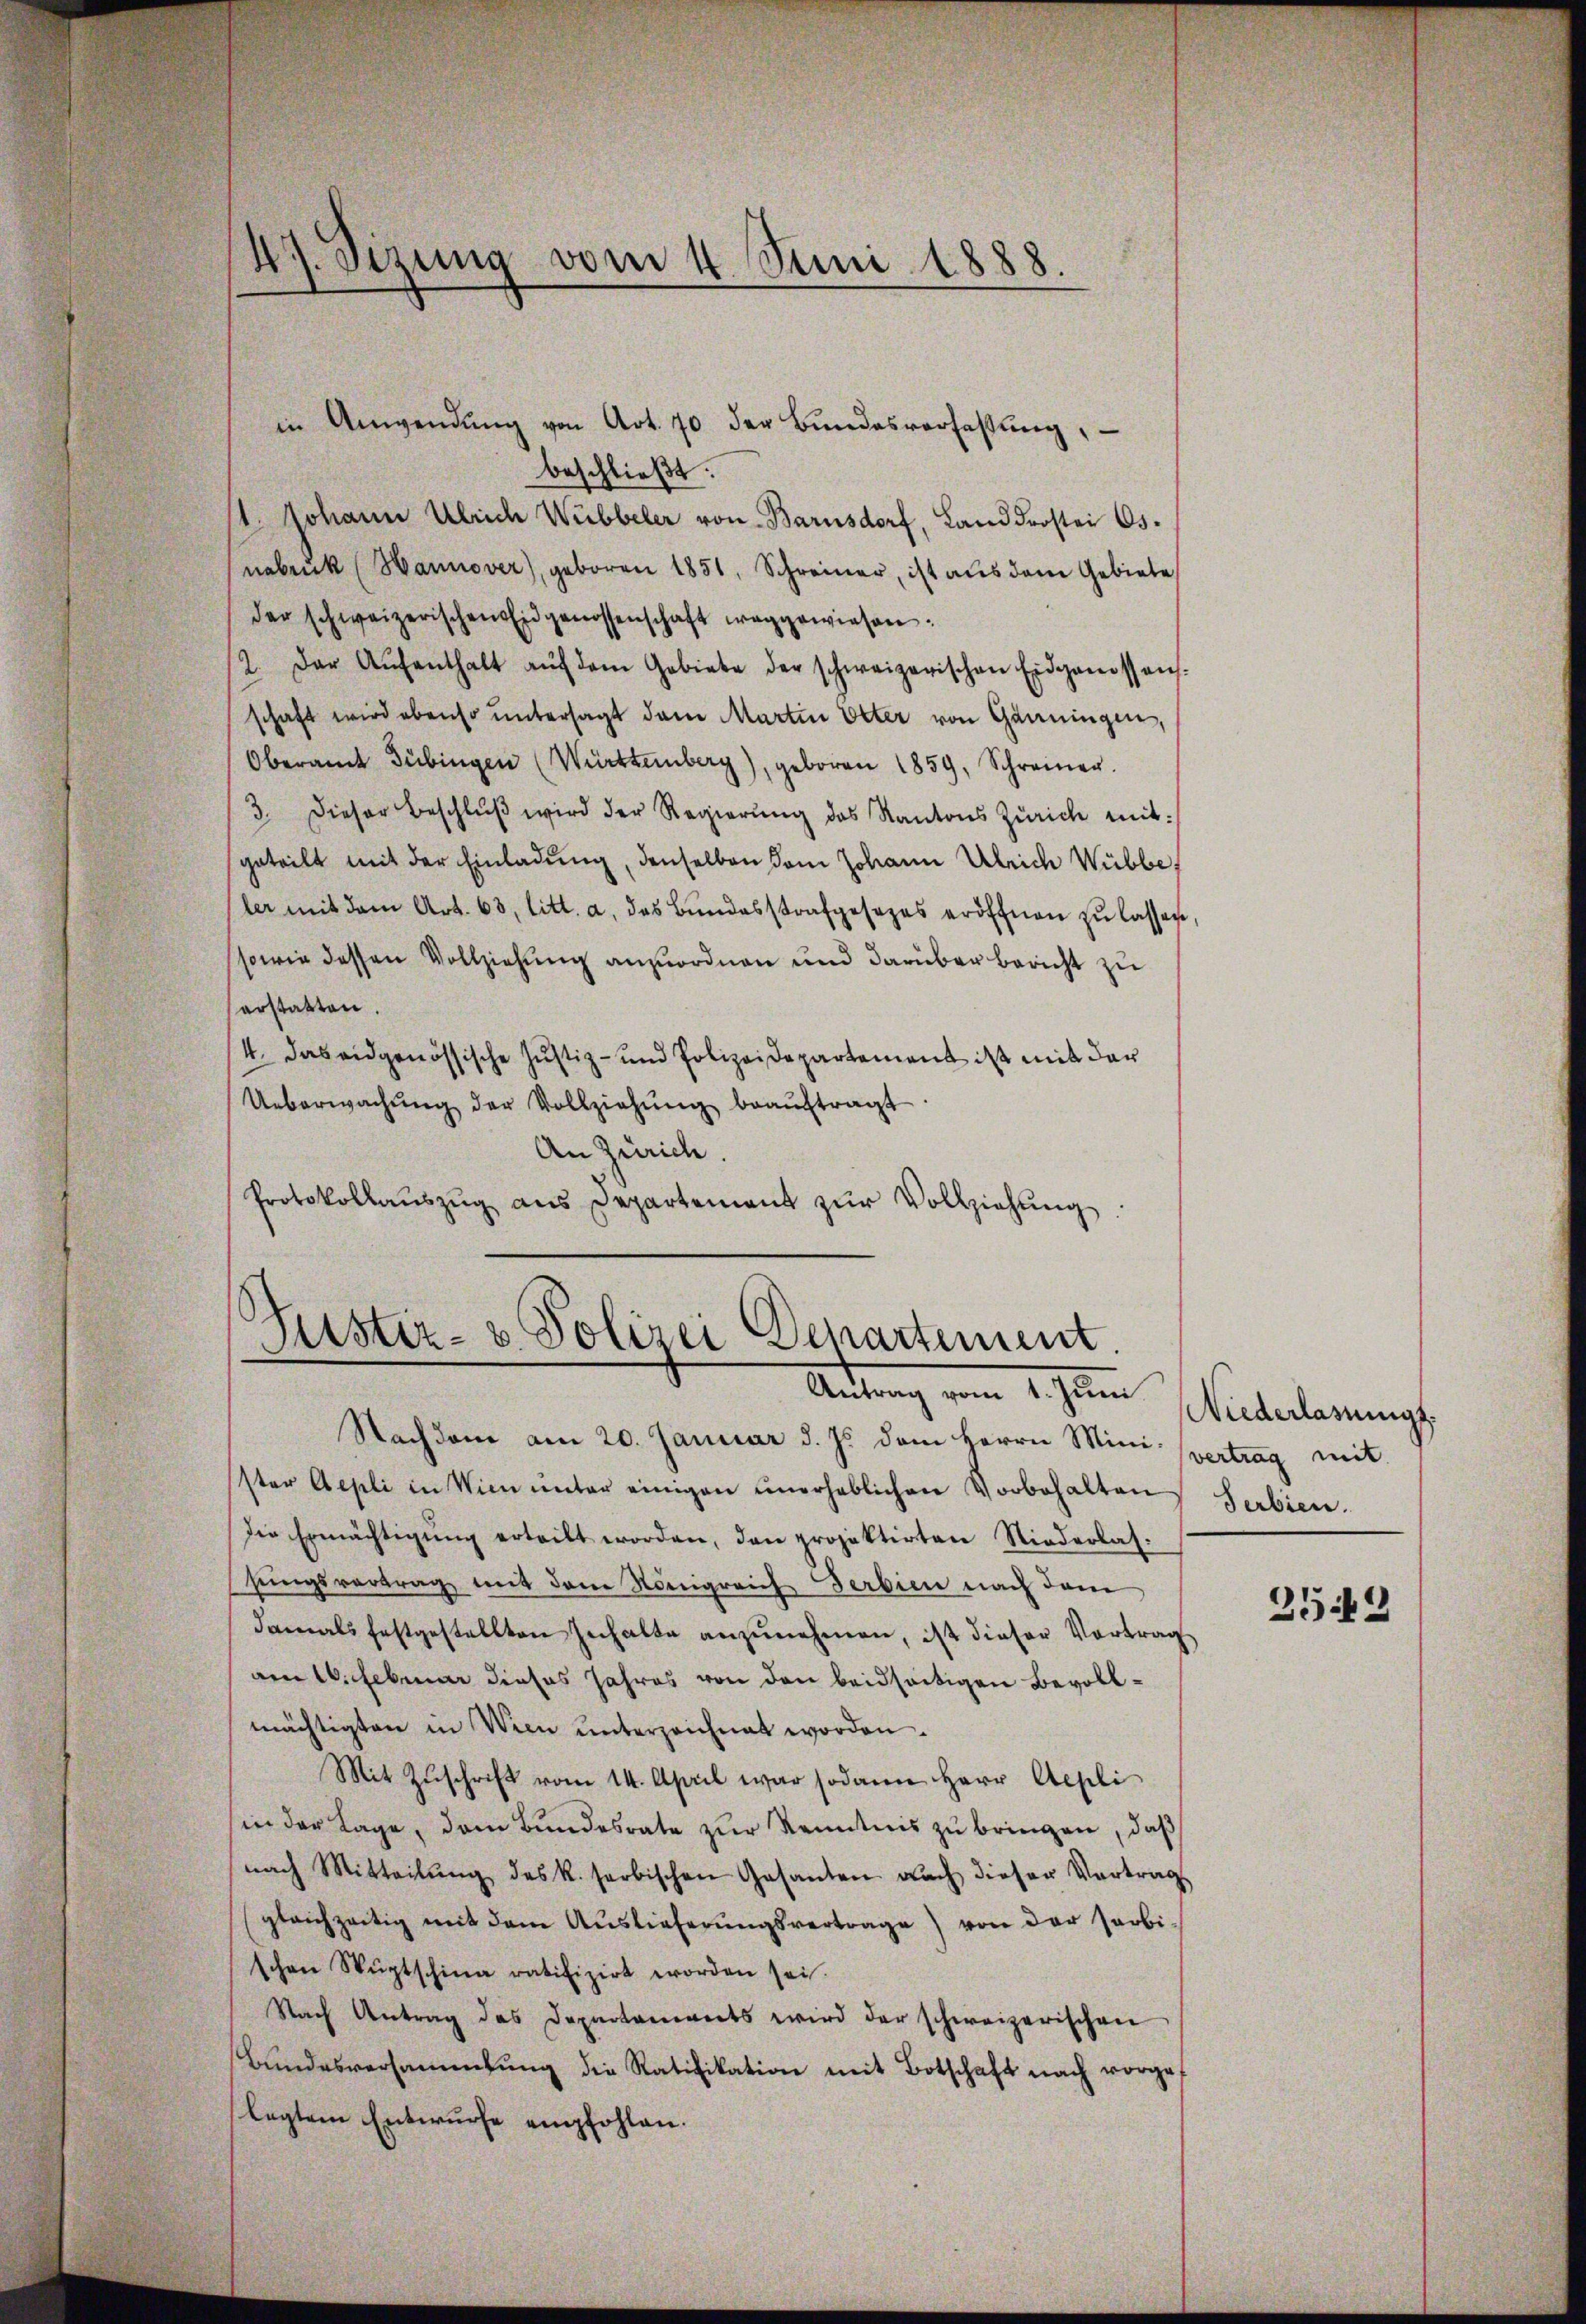
in Anwendŭng von Art. 70 der Bŭndesverfassŭng,
beschließt:
1. Johann Ulrich Webbeler von Barnsdorf, Landdrostei Os
nabruk (Hannover, geboren 1851, Schreiner, ist aus dem Gebiete
der schweizerischen Eidgenossenschaft weggewiesen:
12. Der Aŭfenthalt aŭf dem Gebiete der schweizerischen Eidgenossens-
schaft wird ebenso untersagt dem Martin Otter von Garningen,
Oberamt Tübingen (Württemberg), geboren 1859, Schreiner.
3. Dieser Beschlŭβ wird der Regierŭng des Kantons Zürich mit:
geteilt mit der Einladung, denselben vom Johann Ulrich Webbe
ler mit dem Art. 63 litt. a. das Bundesstrafgesezes eröffnen zu lassen,
sowie dessen Vollziehung anzuordnen und darüber bericht zu
erstatten.
4. das eidgenössische Justiz- und Polizeidepartement ist mit der
Ueberwachŭng der Vollziehŭng beaŭftragt.
An Zürich.
Protokollaŭszŭg aŭs Departement zŭr Vollziehŭng.

47. Sizung
vom 4. Juni 1888.

Justiz- & Polizei Departement.
Antrag vom 1. Jun. Niederlangt

Nachdem am 20. Januar d. Js. dem Herrn Mini-
ster Aepli in Wien unter einigen ŭnerheblichen Vorbehalten Serbien.
die Ermächtigŭng erteilt worden, den projektirten Niederlas-
sungsvertrag mit dem Königreich Serbien nach dem
damals festgestellten Inhalte anzŭnehmen, ist dieser Vortrag
am 16. Februar dieses Jahres von den beidseitigen Bevollmächtigten in Wien unterzeichnet worden.
Mit Zuschrift vom 14. April war sodann Herr Aepli
in der Lage, dem Bundesrate zur Kenntnis zu bringen, daß
nach Mitteilŭng des R. serbischen Gesanten auch dieser Vortrag
gleichzeitig mit dem Aŭslieferŭngsvertrage) von der farbi-
schen Wŭptschina ratifizirt worden sei.
Nach Antrag das Departaments wird der schweizerischen
Bŭndesversammlung die Ratifikation mit Botschaft nach vorges
legtem Entwurfe empfohlen.

vertrag mit

2543